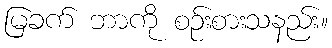
မြခက် ဘာကို စဉ်းစားသနည်း။